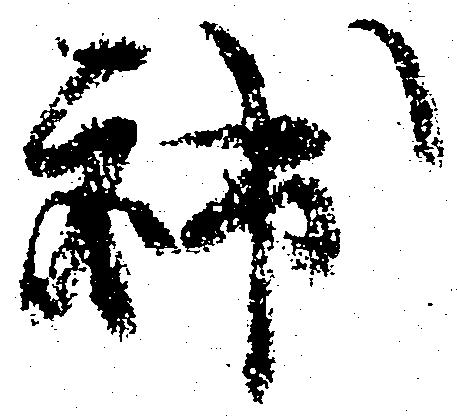
補